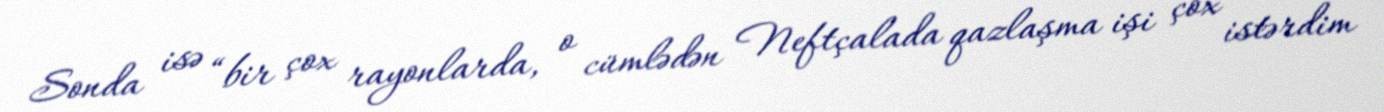
Sonda isə “bir çox rayonlarda, o cümlədən Neftçalada qazlaşma işi çox istərdim